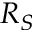
R _ { S }